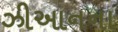
ઝીઆનના